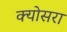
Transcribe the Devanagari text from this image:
क्योसरा